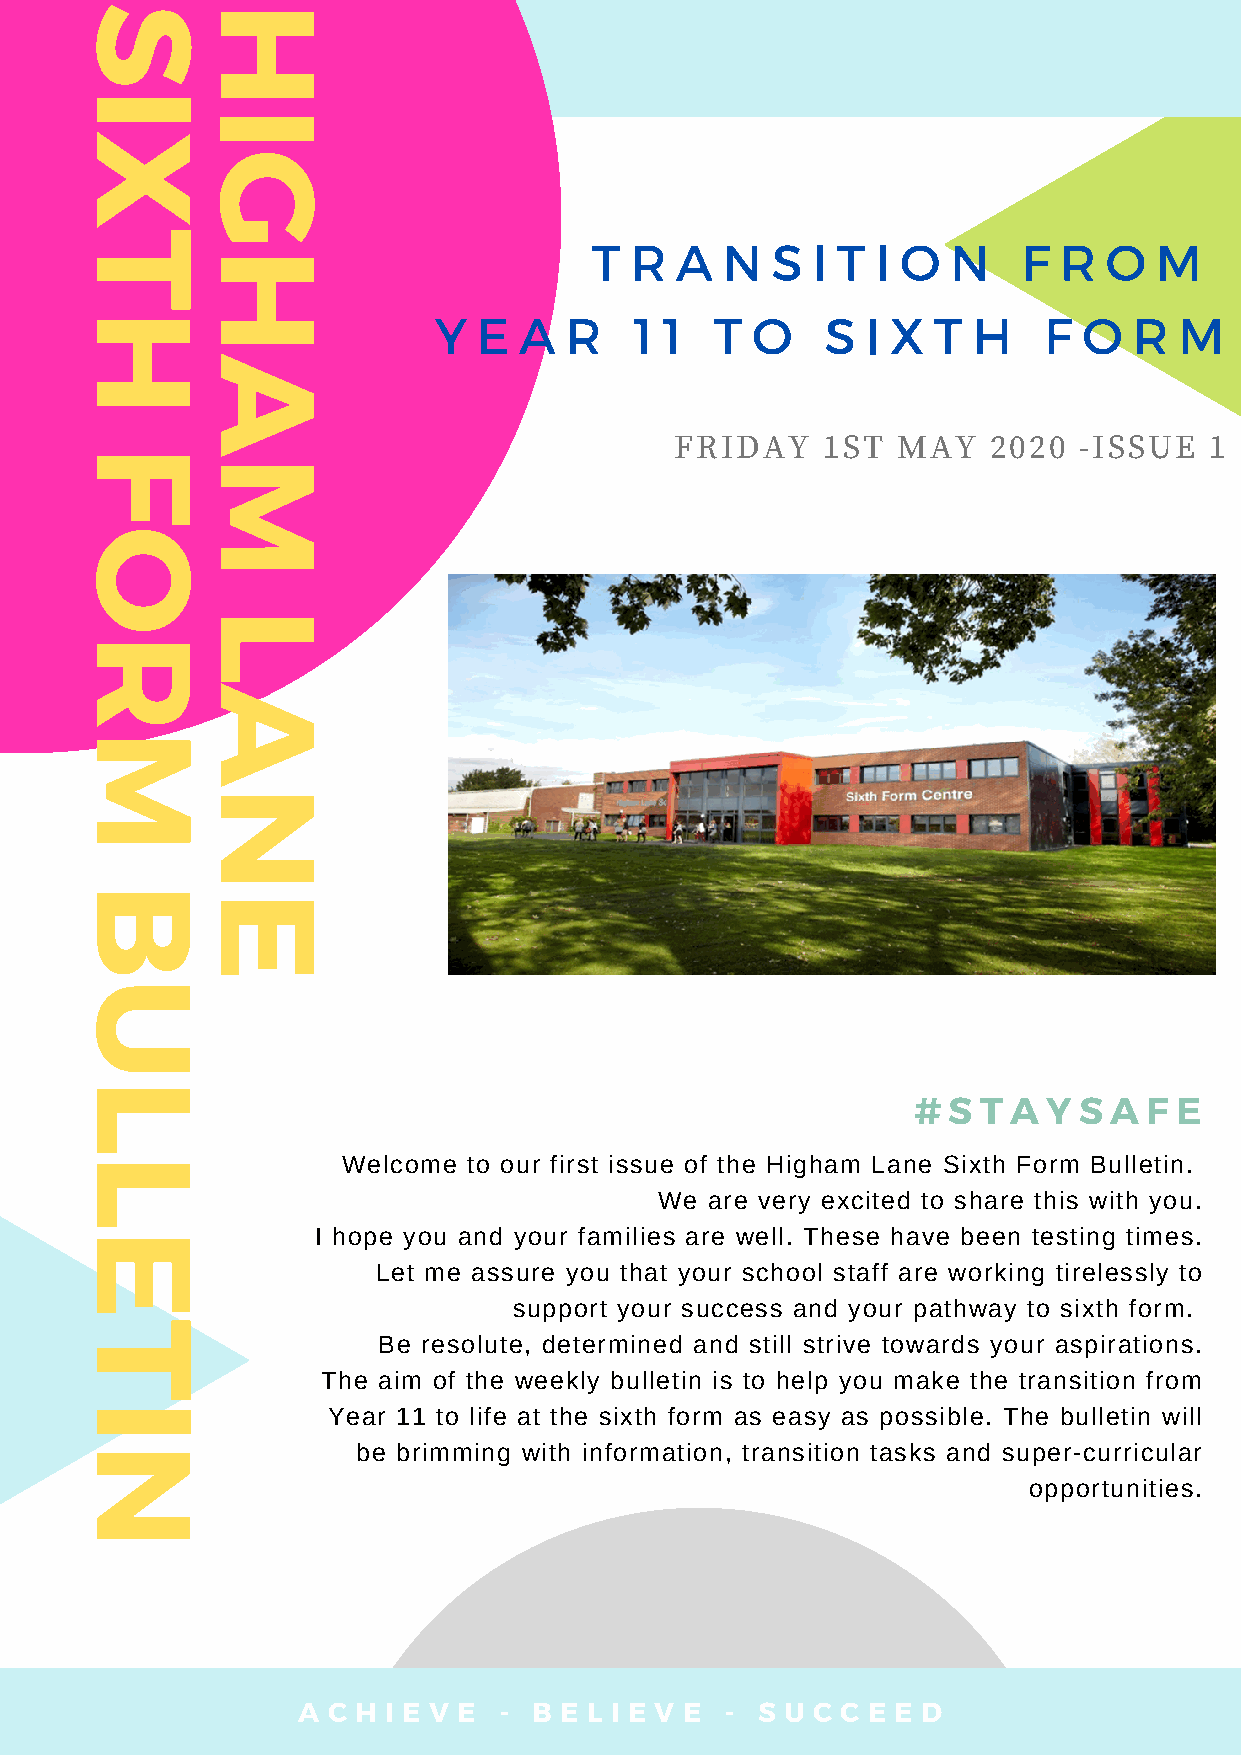
SH
 I
 I
 X
 G
 T
 T  R  A  N  S  I T I O  N    F R  O  M
 H
 H                       Y  E A  R    1 1  T  O    S I X  T H    F  O  R  M
 A
 FRIDAY   1ST  MAY    2020 -ISSUE   1
 F
 M
 O
 L
 R
 A
 M
 N
 B
 E
 U
 L
 #  S T A Y S A  F E
 L                 Welcome to our first issue of the Higham Lane Sixth Form Bulletin.
 We are very excited to share this with you.
 E               I hope you and your families are well. These have been testing times.
 Let me assure you that your school staff are working tirelessly to
 support your success and your pathway to sixth form.
 T
 Be resolute, determined and still strive towards your aspirations.
 The aim of the weekly bulletin is to help you make the transition from
 I                Year 11 to life at the sixth form as easy as possible. The bulletin will
 N                  be brimming with information, transition tasks and super-curricular
 opportunities.
 A C H I E V E - B E L I E V E - S U C C E E D